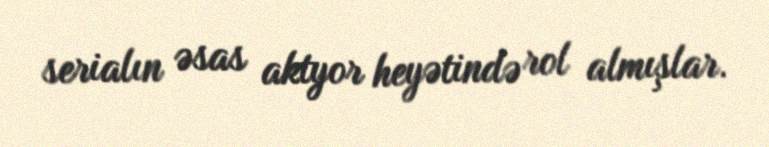
serialın əsas aktyor heyətində rol almışlar.